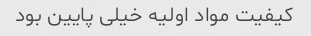
کیفیت مواد اولیه خیلی پایین بود